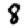
Digit: 8